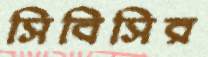
সিবিসির